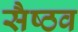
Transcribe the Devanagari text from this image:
सैष्ठव